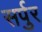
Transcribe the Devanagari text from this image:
सर्पुर